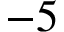
- 5